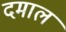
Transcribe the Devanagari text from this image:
दमाल